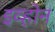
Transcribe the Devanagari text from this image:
इव्होन